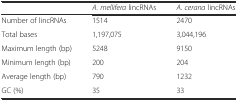
|  | A. mellifera lincRNAs | A. cerana lincRNAs |
 | --- | --- | --- |
 | Number of lincRNAs | 1514 | 2470 |
 | Total bases | 1,197,075 | 3,044,196 |
 | Maximum length (bp) | 5248 | 9150 |
 | Minimum length (bp) | 200 | 204 |
 | Average length (bp) | 790 | 1232 |
 | GC (%) | 35 | 33 |